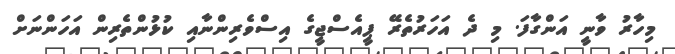
މިހާރު ވާނީ އަންގާފަ. މި ދެ އަހަރުތެރޭ ޕީއެސްޖީގެ އިސްވެރިންނާއި ކުޅުންތެރިން އަހަންނަށް